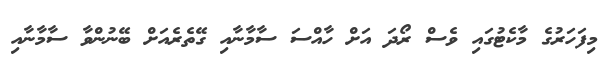
މިފަހަރުގެ މާކެޓުގައި ވެސް ރޯދަ އަށް ހާއްސަ ސާމާނާއި ގޭތެރެއަށް ބޭނުންވާ ސާމާނާއި